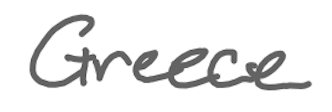
Text: Greece
Cross-out: clean
Writing tool: digital_gray